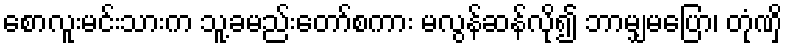
စောလူးမင်းသားက သူ့ခမည်းတော်စကား မလွန်ဆန်လို၍ ဘာမျှမပြော၊ တုံဏှိ